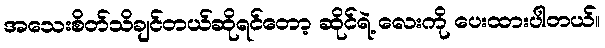
အသေးစိတ်သိချင်တယ်ဆိုရင်တော့ ဆိုင်ရဲ့ လေးကို ပေးထားပါတယ်။